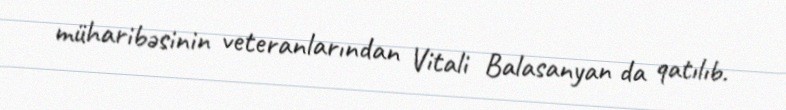
müharibəsinin veteranlarından Vitali Balasanyan da qatılıb.